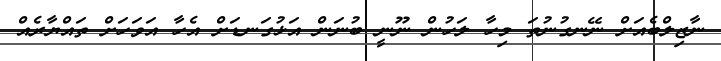
ނާޒިލްބެއަށް ނޭނގުނުތަ މިހާ ލަހުން ނޫނީ ބުނަން އަޅުގަނޑަށް އެހާ އަވަހަށް ތައްޔާރެއް